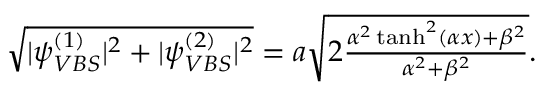
\begin{array} { r } { \sqrt { | \psi _ { V B S } ^ { ( 1 ) } | ^ { 2 } + | \psi _ { V B S } ^ { ( 2 ) } | ^ { 2 } } = a \sqrt { 2 \frac { \alpha ^ { 2 } \operatorname { t a n h } ^ { 2 } ( \alpha x ) + \beta ^ { 2 } } { \alpha ^ { 2 } + \beta ^ { 2 } } } . } \end{array}